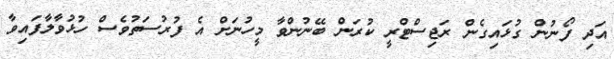
އަދި ފޯނުން ގުޅައިގެން ރަޖިސްޓްރީ ކުރަން ބޭނުންވާ މީހުނަށް އެ ފުރުސަތުވެސް ހުޅުވާލާފައިވާ